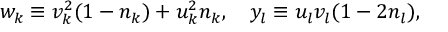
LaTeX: w _ { k } \equiv v _ { k } ^ { 2 } ( 1 - n _ { k } ) + u _ { k } ^ { 2 } n _ { k } , ~ ~ ~ y _ { l } \equiv u _ { l } v _ { l } ( 1 - 2 n _ { l } ) ,